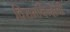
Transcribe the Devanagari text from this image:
विरामचिन्हांची